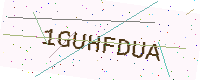
Text: 1GUHFDUA